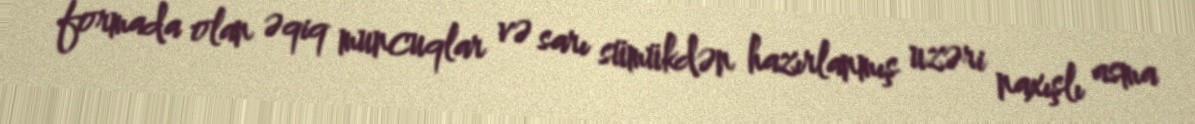
formada olan əqiq muncuqlar və sarı sümükdən hazırlanmış uzəri naxışlı asma